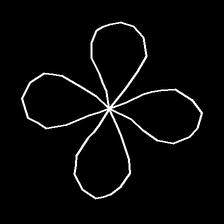
Glyph: billowing